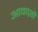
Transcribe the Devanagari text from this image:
आवाज़ो